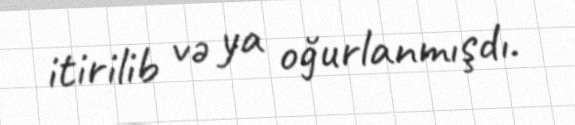
itirilib və ya oğurlanmışdı.